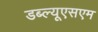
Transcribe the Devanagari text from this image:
डब्ल्यूएसएम